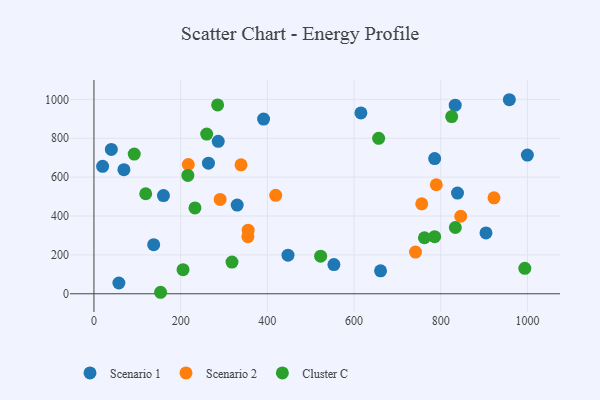
{"axis": {"x": "Speed", "y": "Salary"}, "legend": ["Cluster C", "Scenario 1", "Scenario 2"], "data": [{"x": "57.5", "y": 55.3, "type": "Scenario 1"}, {"x": "785.9", "y": 695.3, "type": "Scenario 1"}, {"x": "958.2", "y": 998.2, "type": "Scenario 1"}, {"x": "615.8", "y": 930.4, "type": "Scenario 1"}, {"x": "553.5", "y": 150.3, "type": "Scenario 1"}, {"x": "20.0", "y": 655.4, "type": "Scenario 1"}, {"x": "69.1", "y": 638.3, "type": "Scenario 1"}, {"x": "286.7", "y": 784.4, "type": "Scenario 1"}, {"x": "40.1", "y": 742.5, "type": "Scenario 1"}, {"x": "999.8", "y": 713.3, "type": "Scenario 1"}, {"x": "330.4", "y": 456.4, "type": "Scenario 1"}, {"x": "137.8", "y": 252.7, "type": "Scenario 1"}, {"x": "447.6", "y": 198.4, "type": "Scenario 1"}, {"x": "904.3", "y": 313.0, "type": "Scenario 1"}, {"x": "391.3", "y": 898.9, "type": "Scenario 1"}, {"x": "160.3", "y": 504.9, "type": "Scenario 1"}, {"x": "661.1", "y": 118.1, "type": "Scenario 1"}, {"x": "264.1", "y": 672.0, "type": "Scenario 1"}, {"x": "833.3", "y": 970.4, "type": "Scenario 1"}, {"x": "838.6", "y": 518.1, "type": "Scenario 1"}, {"x": "339.3", "y": 663.4, "type": "Scenario 2"}, {"x": "217.6", "y": 665.1, "type": "Scenario 2"}, {"x": "789.7", "y": 560.7, "type": "Scenario 2"}, {"x": "355.1", "y": 293.5, "type": "Scenario 2"}, {"x": "922.8", "y": 493.4, "type": "Scenario 2"}, {"x": "756.1", "y": 462.8, "type": "Scenario 2"}, {"x": "419.3", "y": 506.6, "type": "Scenario 2"}, {"x": "355.7", "y": 327.3, "type": "Scenario 2"}, {"x": "291.1", "y": 485.3, "type": "Scenario 2"}, {"x": "741.7", "y": 214.5, "type": "Scenario 2"}, {"x": "846.1", "y": 398.7, "type": "Scenario 2"}, {"x": "260.0", "y": 821.4, "type": "Cluster C"}, {"x": "833.6", "y": 341.0, "type": "Cluster C"}, {"x": "785.9", "y": 293.9, "type": "Cluster C"}, {"x": "656.7", "y": 799.5, "type": "Cluster C"}, {"x": "233.0", "y": 441.4, "type": "Cluster C"}, {"x": "522.9", "y": 193.4, "type": "Cluster C"}, {"x": "216.6", "y": 608.7, "type": "Cluster C"}, {"x": "825.2", "y": 911.7, "type": "Cluster C"}, {"x": "119.4", "y": 514.6, "type": "Cluster C"}, {"x": "285.3", "y": 971.2, "type": "Cluster C"}, {"x": "92.9", "y": 718.6, "type": "Cluster C"}, {"x": "762.3", "y": 288.1, "type": "Cluster C"}, {"x": "318.4", "y": 163.2, "type": "Cluster C"}, {"x": "993.9", "y": 130.9, "type": "Cluster C"}, {"x": "153.7", "y": 7.7, "type": "Cluster C"}, {"x": "205.5", "y": 123.8, "type": "Cluster C"}]}